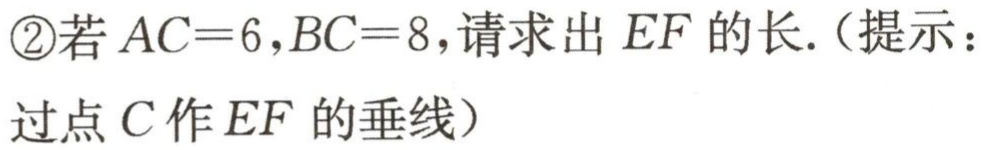
\textcircled{2}若\(AC = 6,BC = 8\)，请求出\(EF\)的长.（提示：
过点\(C\)作\(EF\)的垂线）